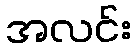
အလင်း